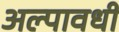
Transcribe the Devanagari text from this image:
अल्पावधी